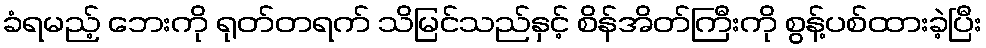
ခံရမည့် ဘေးကို ရုတ်တရက် သိမြင်သည်နှင့် စိန်အိတ်ကြီးကို စွန့်ပစ်ထားခဲ့ပြီး